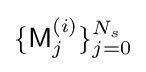
\{{\textsf {M}}_{j}^{(i)}\}_{j=0}^{N_{s}}